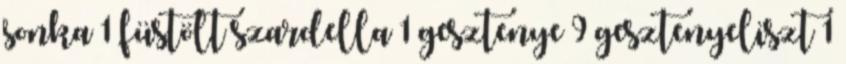
sonka 1 füstölt szardella 1 gesztenye 9 gesztenyeliszt 1